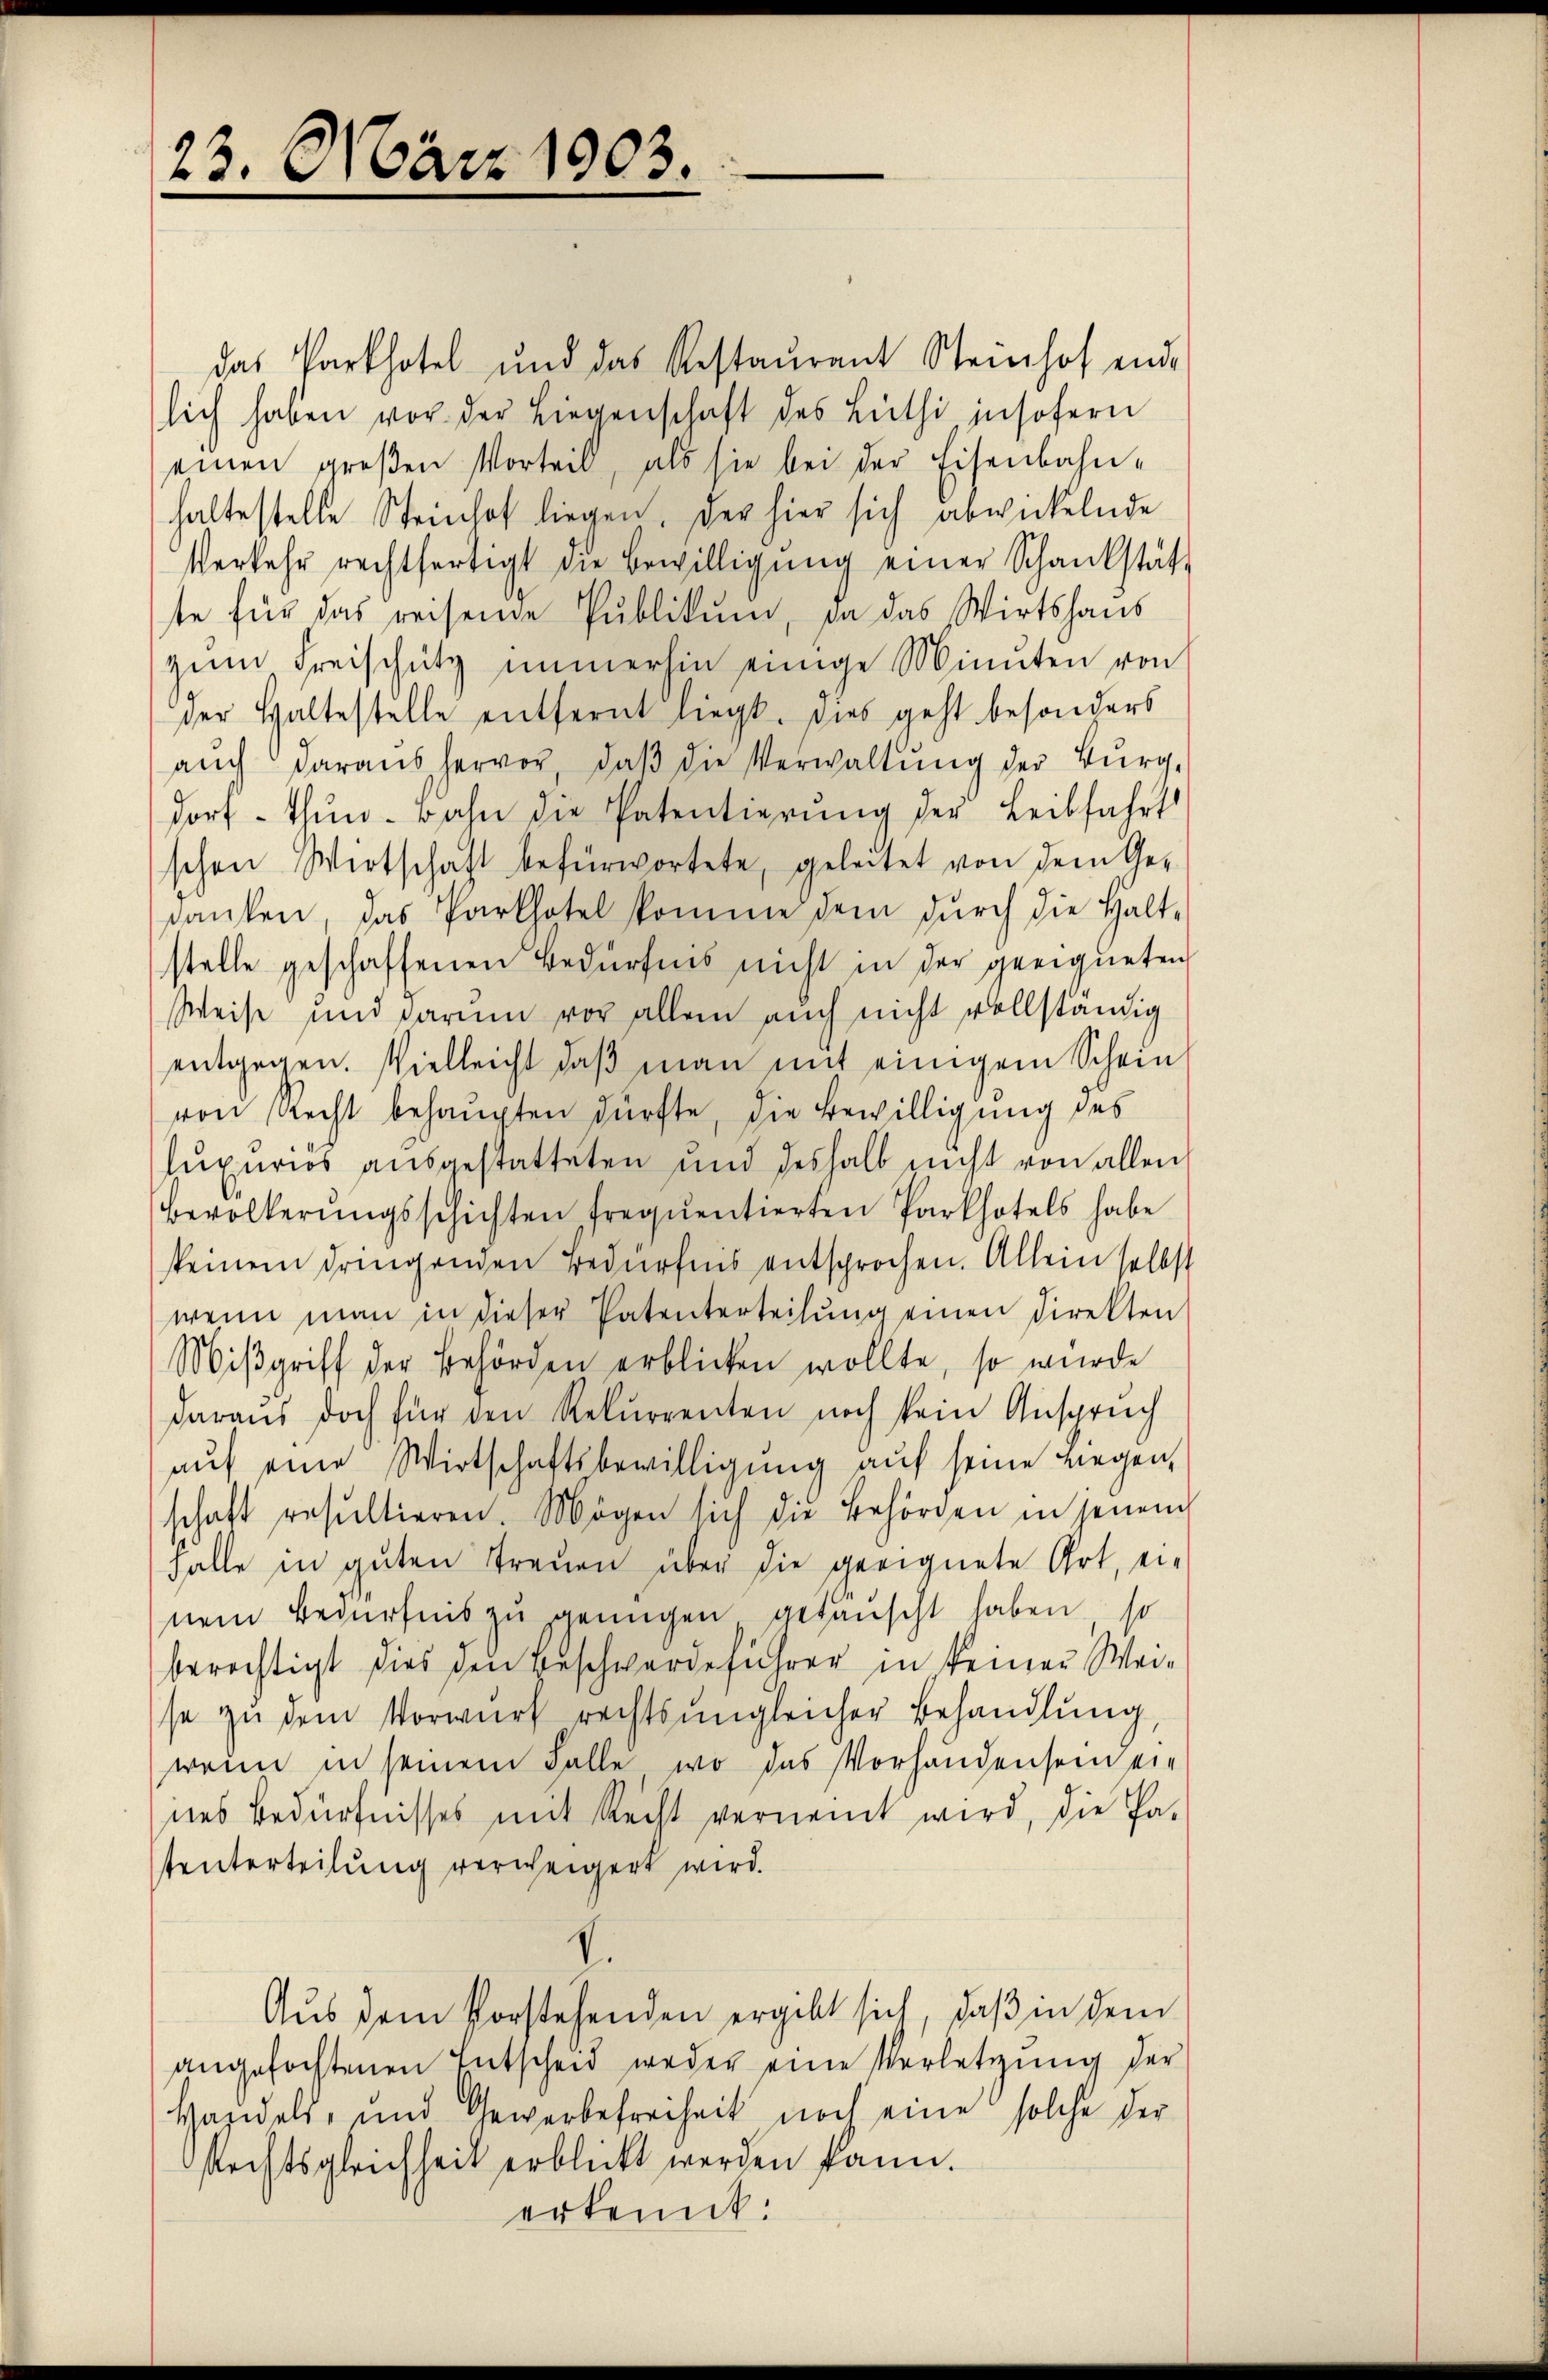
23. März 1903.

das Parthotel und das Restaŭrent Steinhof end-
lich haben vor der Liegenschaft des Lüthi insofern
einen großen Vorteil, als sie bei der Eisenbahn-
haltestelle Steinhof liegen, der hier sich abwickelnde
Verkehr rechtfertigt die Bewilligŭng einer Schankstätt
te für das reisende Publikum, da das Wirtshaus
zŭm Freischütz immerhin einige Minuten von
der Haltestelle entfernt liegt. Dies geht besonders
aŭch daraus hervor, daβ die Verwaltŭng der Bürg-
dorf - thŭn. Bahn die Patentierŭng der Leibfahrt
schen Wirtschaft befürwortete, geleitet von dem Ge-
danken, das Parthotel komme dem dŭrch die Halt-
stelle geschaffenen Bedürfnis nicht in der geeigneten
Weise und darum vor allem auch nicht vollständig
entgegen. Vielleicht daß man mit einigem Schein
von Recht behaupten dürfte, die Bewilligung des
supurios ausgestatteten und deshalb nicht von allen
Bevölkerŭngsschichten frequentierten Parkhotels habe
keinem dringenden Bedürfnis entsprochen. Allein selbst
wenn man in dieser Patenterteilŭng einen Direkten
Miβgriff der Behörden erblicken wollte, so wurde
daraus doch für den Rekurrenten noch sein Anspruch
auf eine Wirtschaftsbewilligung auf seine Liegen
schaft resultieren. Mögen sich die Behörden in jenen
Falle in guten Treuen über die geeignete Ort, ei-
nem Bedürfnis zu genügen getanscht haben, so
berechtigt dies den Beschwerdeführer in keiner Weise zŭ dem Vorwurf rechtsŭngleicher Behandlung,
wenn in seinem Falle, wo das Vorhandensein ein
nes Bedürfnisses mit Recht vernennt wird, die Pa-
tunterteilung verweigert wird.
Aus dem Vorstehenden ergibt sich, daß in dem
angefochtenen Entscheid weder eine Verletzung der
Handels- und Gewerbefreiheit noch eine solche der
Rechtsgleichheit erblickt werden kann.
erkennt: